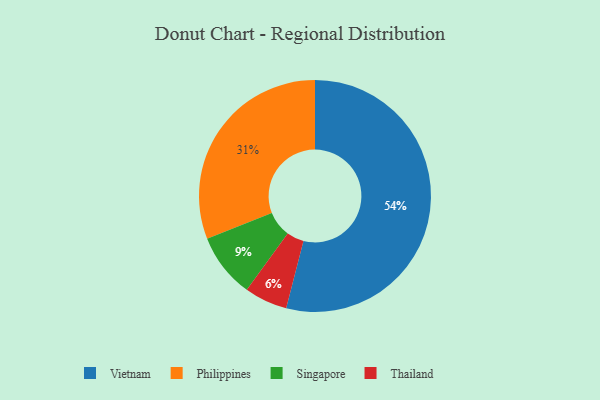
{"axis": {"x": "Category", "y": "Percentage"}, "legend": ["Philippines", "Singapore", "Thailand", "Vietnam"], "data": [{"x": "Singapore", "y": 9, "type": "Singapore"}, {"x": "Vietnam", "y": 54, "type": "Vietnam"}, {"x": "Philippines", "y": 31, "type": "Philippines"}, {"x": "Thailand", "y": 6, "type": "Thailand"}]}